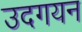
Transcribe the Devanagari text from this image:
उदगयन